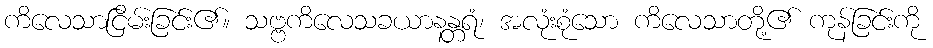
ကိလေသာငြိမ်းခြင်း၏။ သဗ္ဗကိလေသခယာနန္တရံ၊ အလုံးစုံသော ကိလေသာတို့၏ ကုန်ခြင်းကို